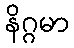
နိဂ္ဂမာ